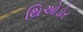
થિઓડોર